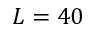
L = 4 0